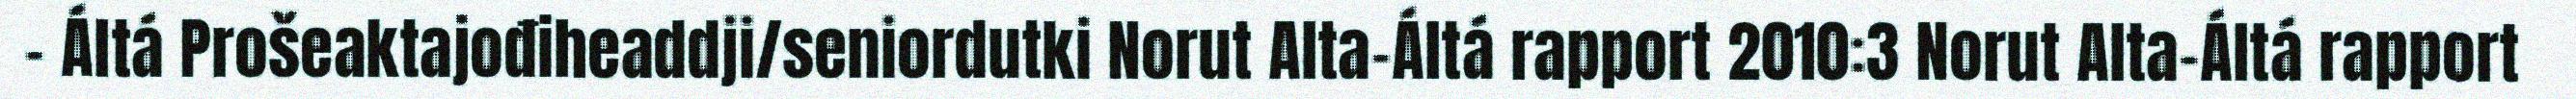
– Áltá Prošeaktajođiheaddji/seniordutki Norut Alta-Áltá rapport 2010:3 Norut Alta-Áltá rapport